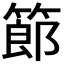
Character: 𥱳